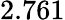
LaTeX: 2.761